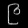
Digit: ၉